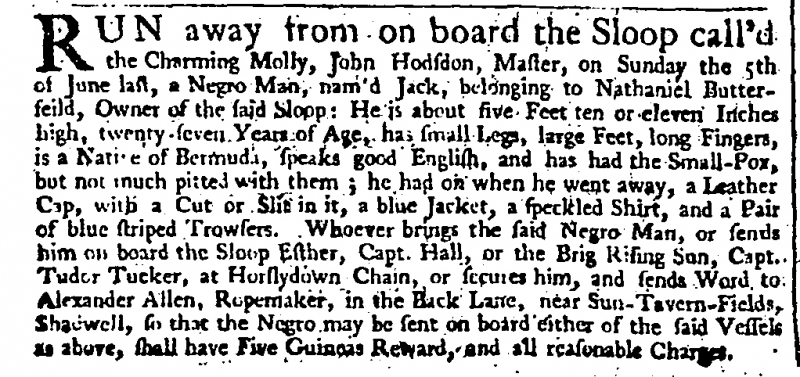
Daily Advertiser, 27 August 1743 (England)
RUN away from on board the Sloop call’d the Charming Molly, John Hodsdon, Master, on Sunday the 5th of June last, a Negro Man, nam’d Jack, belonging to Nathaniel Butterfield, Owner of the said Sloop: He is about five Feet ten or eleven Inches high, twenty seven Years of Age, has small Legs, large Feet, long Fingers, is a Native of Bermuda, speaks good English, and has had the Small-Pox, but not much pitted with them; he had on when he went away, a Leather Cap, with a Cut or Slit in it, a blue Jacket, a speckled Shirt, and a Pair of blue strip’d Trowsers. Whoever brings the said Negro Man, or sends him on board the Sloop Esther, Capt. Hall, or the Brig Rising Sun, Capt. Tudor Tucker, at Horslydown Chain, or secures him, and sends Word to Alexander Allen, Ropemaker, in the Back Lane, near Sun-Tavern-Fields, Shadwell, so that the Negro may be sent on board either of the said Vessels as above, shall have Five Guineas Reward, and all reasonable Charges.